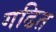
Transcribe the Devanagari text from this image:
गढित